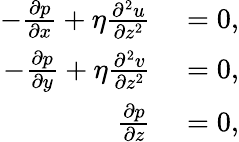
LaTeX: \begin{array}{rl}{-\frac{\partial p}{\partial x}+\eta\frac{\partial^{2}u}{\partial z^{2}}}&{{}=0,}\\ {-\frac{\partial p}{\partial y}+\eta\frac{\partial^{2}v}{\partial z^{2}}}&{{}=0,}\\ {\frac{\partial p}{\partial z}}&{{}=0,}\end{array}